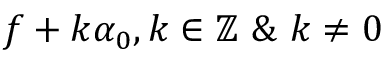
f + k \alpha _ { 0 } , k \in \mathbb { Z } \ \& \ k \ne 0